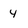
Character: 4